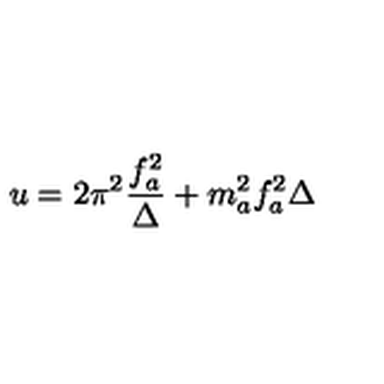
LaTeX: u = 2 \pi ^ { 2 } \frac { f _ { a } ^ { 2 } } { \Delta } + m _ { a } ^ { 2 } f _ { a } ^ { 2 } \Delta